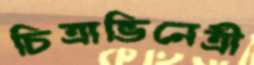
চিত্রাভিনেত্রী